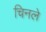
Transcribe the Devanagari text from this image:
चिनले